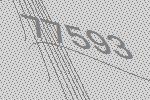
77593